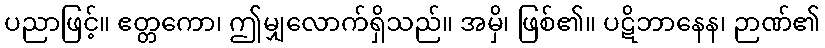
ပညာဖြင့်။ ဧတ္တကော၊ ဤမျှလောက်ရှိသည်။ အမှိ၊ ဖြစ်၏။ ပဋိဘာနေန၊ ဉာဏ်၏